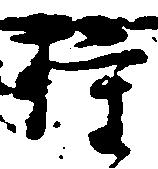
権